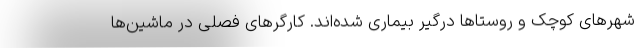
شهرهای کوچک و روستاها درگیر بیماری شده‌اند. کارگرهای فصلی در ماشین‌ها